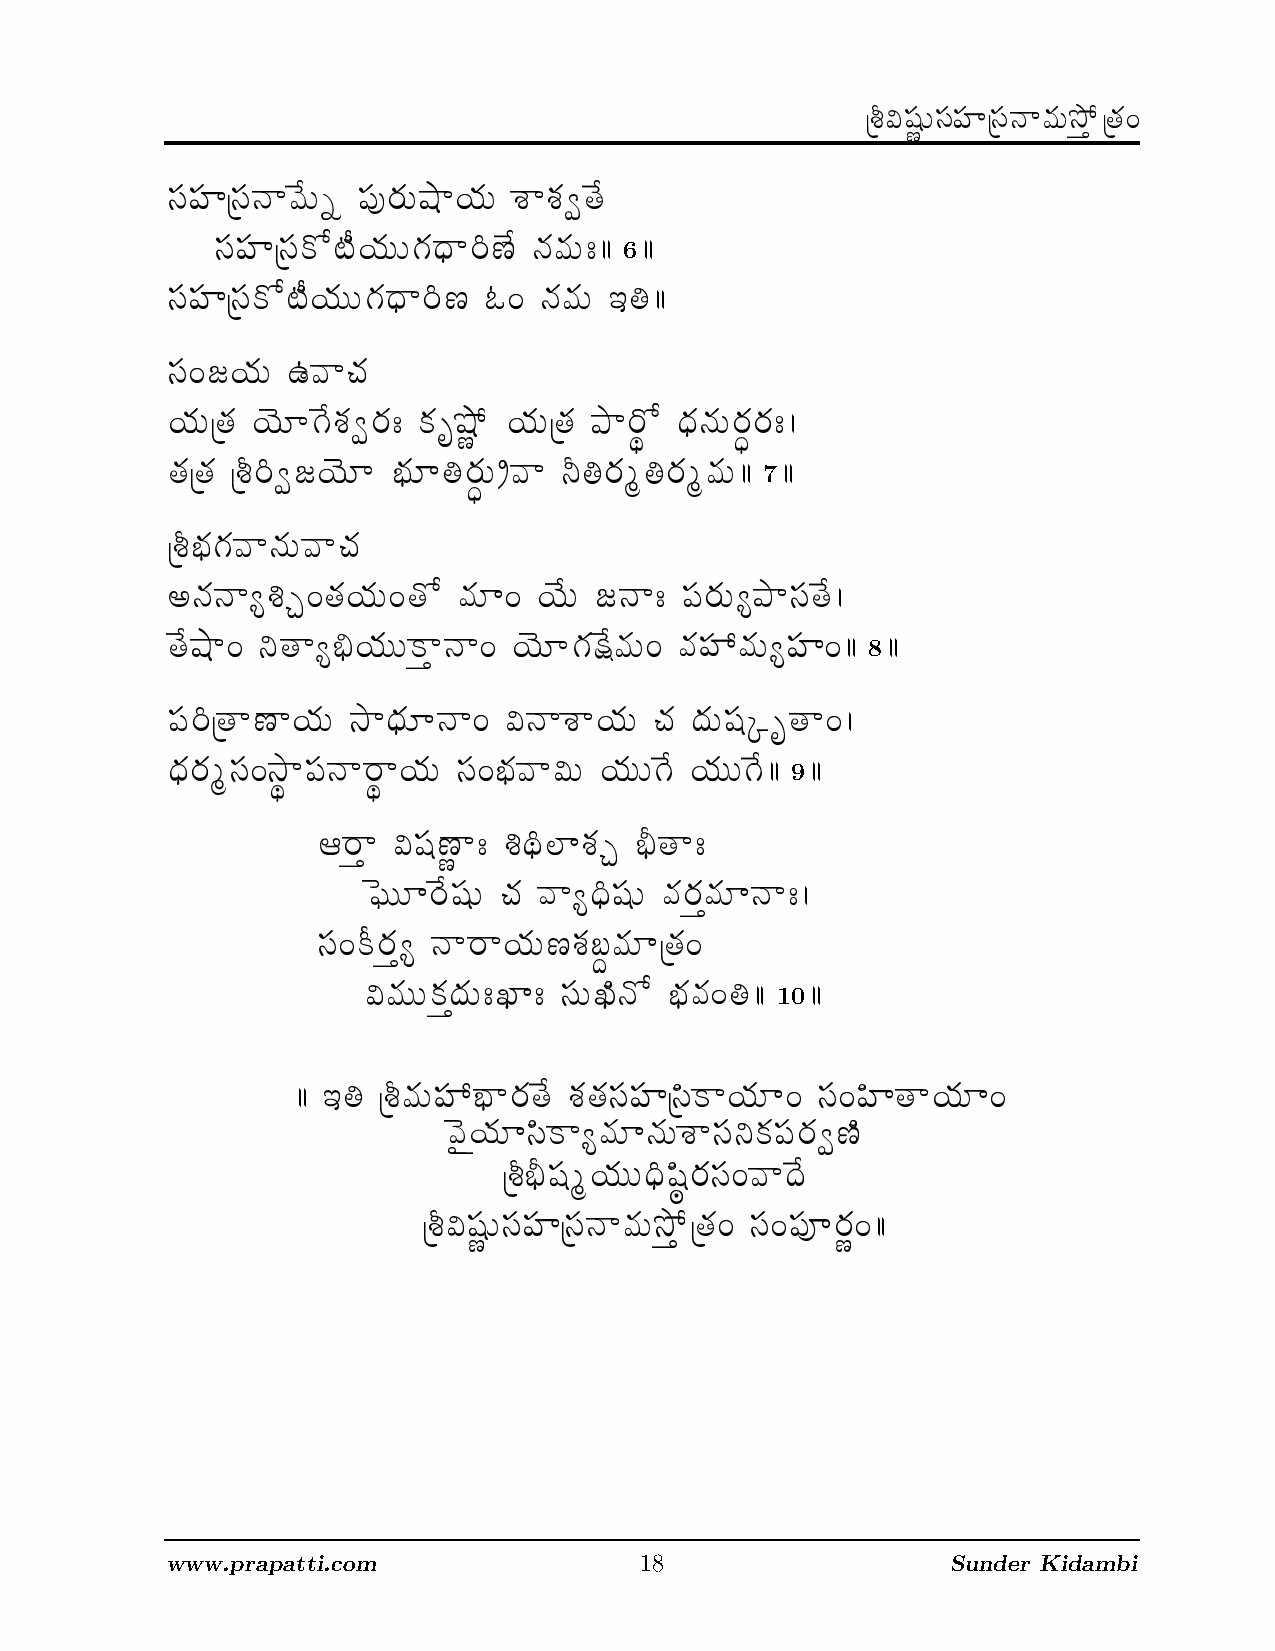
6
 7
 8
 9
 10
 www.prapatti.com               18                   Sunder Kidambi
 zt
 zt
 zt
 l
 _
 Ûû
 
 _
 ze
 zv
 zv
 =
 {¨
 {Û_
 k
 d
 ¶s
 m
 {m
 zt
 V
 Û_
 {
 {Q
 {d
 }
 ¢Û_
 {Ù
 Ûzt
 zv
 Ûzt
 l
 {
 Ûû
 {p
 }
 =
 }
 zt
 d } p ¶¨ Ô ze m {¨ s } l {¨ q } q {ß _ ¶
 ÁÁÛzt N ¾ Z ¤l {¨ ¨ Q { } m ¢^ · d {p {¨ > ÁÁ
 N ¾ Z ¤l {¨ ¨ Q { } m ¢^ L = d {p {¨ B î ÁÁ
 {¨ D p } T {
 l  ²© Q ¶q {ß m {> N {¬ Ïs ½ l {¨ Û_ { f } Ñm ¾ {d {¨ Óm {m {> Á
 m ¢ß V l ²© k {ª î Óm {¨ Ý p } ñ î m {Ù î m {Ù p {¨ ÁÁ ÁÁ
 } d {¨ p } T {
 Ú ú Æ = _ {l {¨ = _ ¾ p {¨ | = l ¶¨ V d } > ze m {¨ Ú f } zt
 ð _ } Ú l {¨ ¨ N } d } = l ²© Q {x ¶p {¨ = p {ü p {¨ Ú zv
 ^ } l {¨ u } {ª d } = ø d } q } l {¨ T { b {¨ zr Á ¬ _
 = Ñu } ze d } Ñm } l {¨ zt = k {p } ø ¨ l {¨ ¨ Q ¶ l {¨ ¨ Q ¶ ÁÁ
 A m } ø zr Ï^ } > ú a ¢o | q {Æ õ _ } >
 ±R ¨ | m ¶zr ¨ T { p } Ú ¢zr ¨ p { m {p {¨ | d } >
 zt = N ¥ m {Ú d } m } l {¨ ^ q {Òi p {¨ | Û_ {=
 ø p {¨ ¨ N {b {¨ > P | > zt ¨ P ¡d ¾ k {p {= î ÁÁ
 ÁÁ B î Ûû p {¨ ü k } m {_ ¶ q {_ {zt zv Û~t N } l {¨ | =
 ¹p ²l {¨ | ~t N } Ú p {¨ | d {¨ q } zt ð N {ze m
 Ûû õ zr Ù l {¨ ¨ ¢Ì~r m {zt = p } b
 Ûû ø Ïzr ¨ zt zv Ûzt d } p {¨ u ½ Û_ {= zt = ze
 _
 =
 } =
 ÁÁ
 Á
 ÁÁ
 zt
 {ß
 ¶
 «
 ¶ Á
 =
 ^
 Ïm
 Ûû
 ÁÁ
 Á
 ~v
 ¡
 {=
 ø
 ÁÁ
 Ïzr
 ÁÁ
 _ }
 ¨ zt
 l
 zv
 {¨ |
 Ûzt
 =
 d } p {¨ u ½ Û_ {=